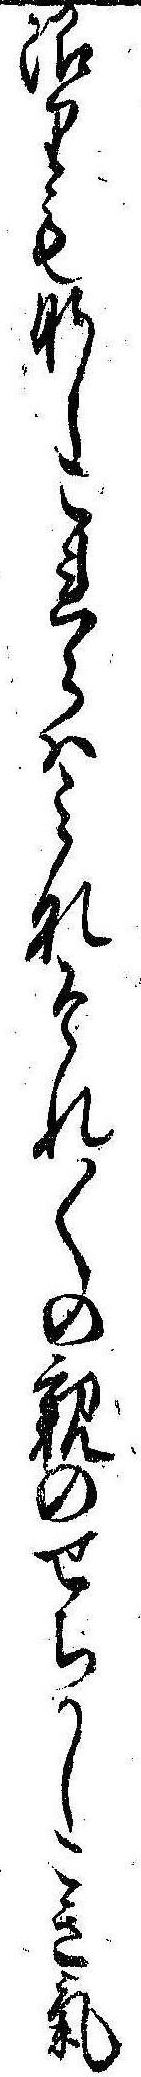
限りもなしこれらはみなそれ〱の親のせちかしこき気